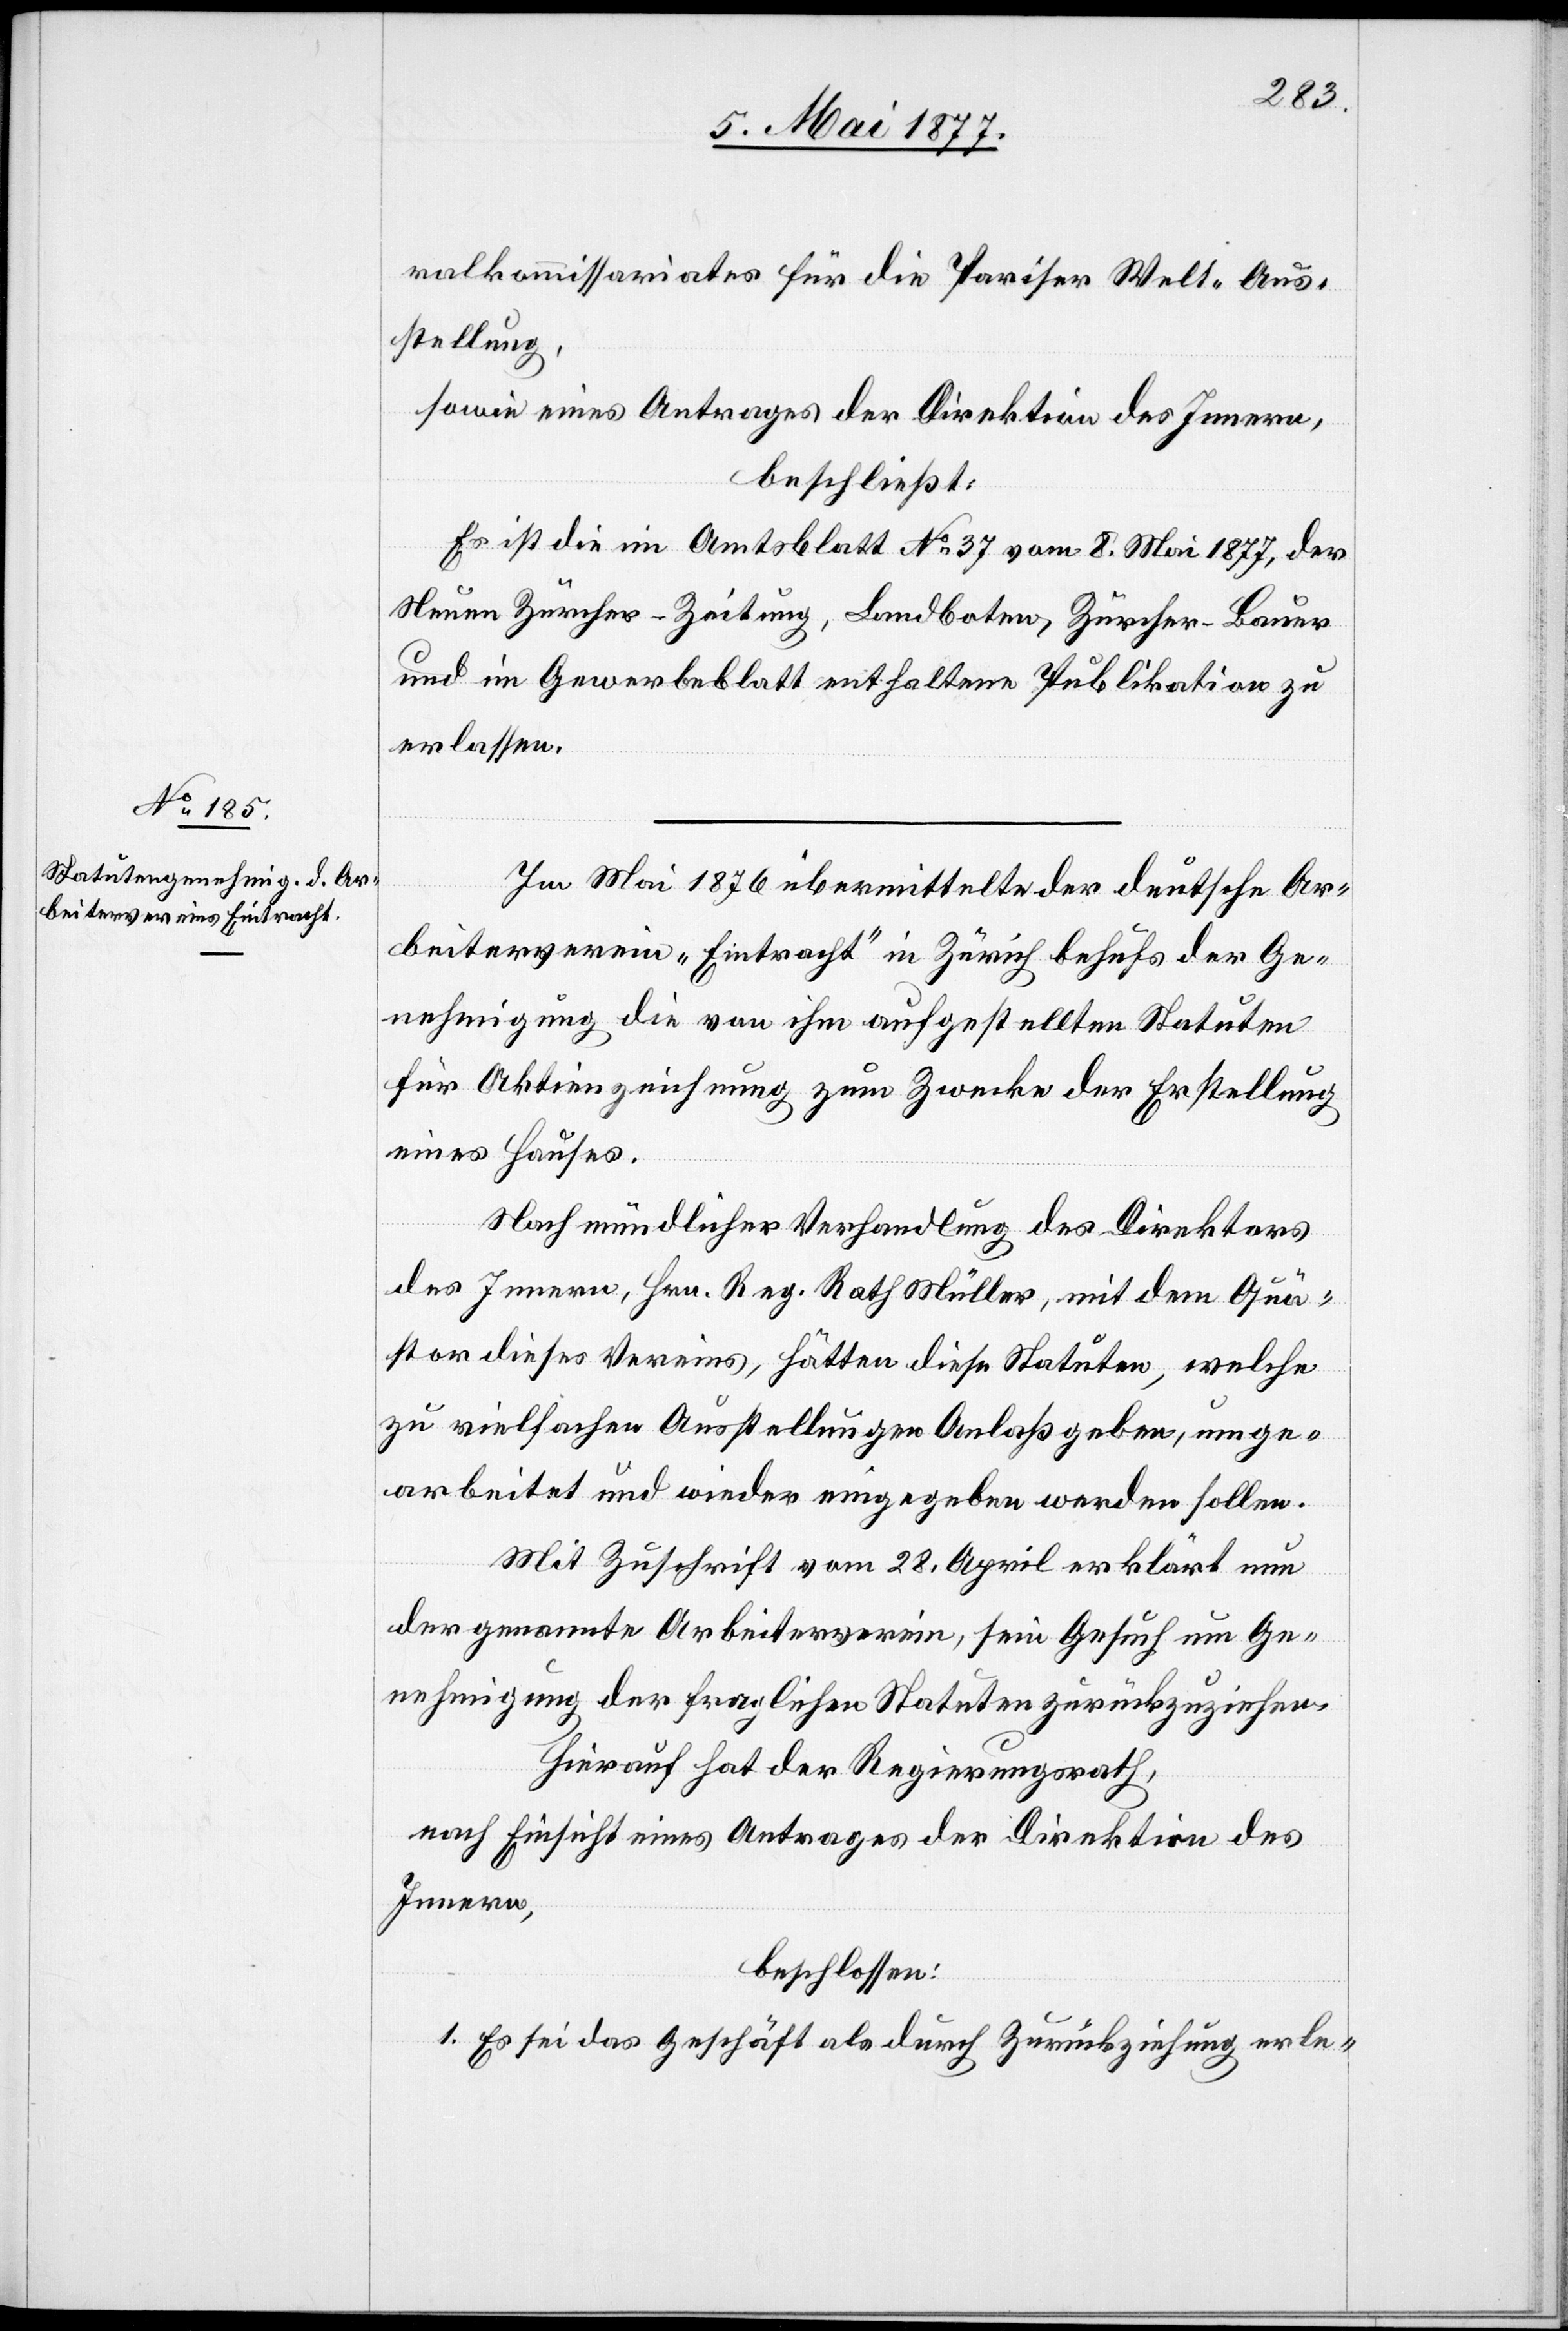
ralkommissariates für die Pariser Welt-Aus¬
stellung,
sowie eines Antrages der Direktion des Innern,
beschließt:
Es ist die im Amtsblatt No 37 vom 8. Mai 1877, der
Neuen Zürcher-Zeitung, Landboten, Zürcher-Bauer
und im Gewerbeblatt enthaltene Publikation zu
erlassen.
Im Mai 1876 übermittelte der deutsche Ar¬
beiterverein „Eintracht“ in Zürich behufs der Ge¬
nehmigung die von ihm aufgestellten Statuten
für Aktienzeichnung zum Zwecke der Erstellung
eines Hauses.
Nach mündlicher Verhandlung des Direktors
des Innern, Hrn. Reg. Rath Müller, mit dem Quä¬
stor dieses Vereins, hätten diese Statuten, welche
zu vielfachen Ausstellungen Anlaß geben, umge¬
arbeitet und wieder eingegeben werden sollen.
Mit Zuschrift vom 28. April erklärt nun
der genannte Arbeiterverein, sein Gesuch um Ge¬
nehmigung der fraglichen Statuten zurückzuziehen.
Hierauf hat der Regierungsrath,
nach Einsicht eines Antrages der Direktion des
Innern,
beschlossen:
1. Es sei das Geschäft als durch Zurückziehung erle-